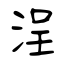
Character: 浧